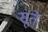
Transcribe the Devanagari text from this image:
सूतें